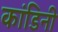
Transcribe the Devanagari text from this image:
कांडिनी